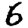
Digit: 6